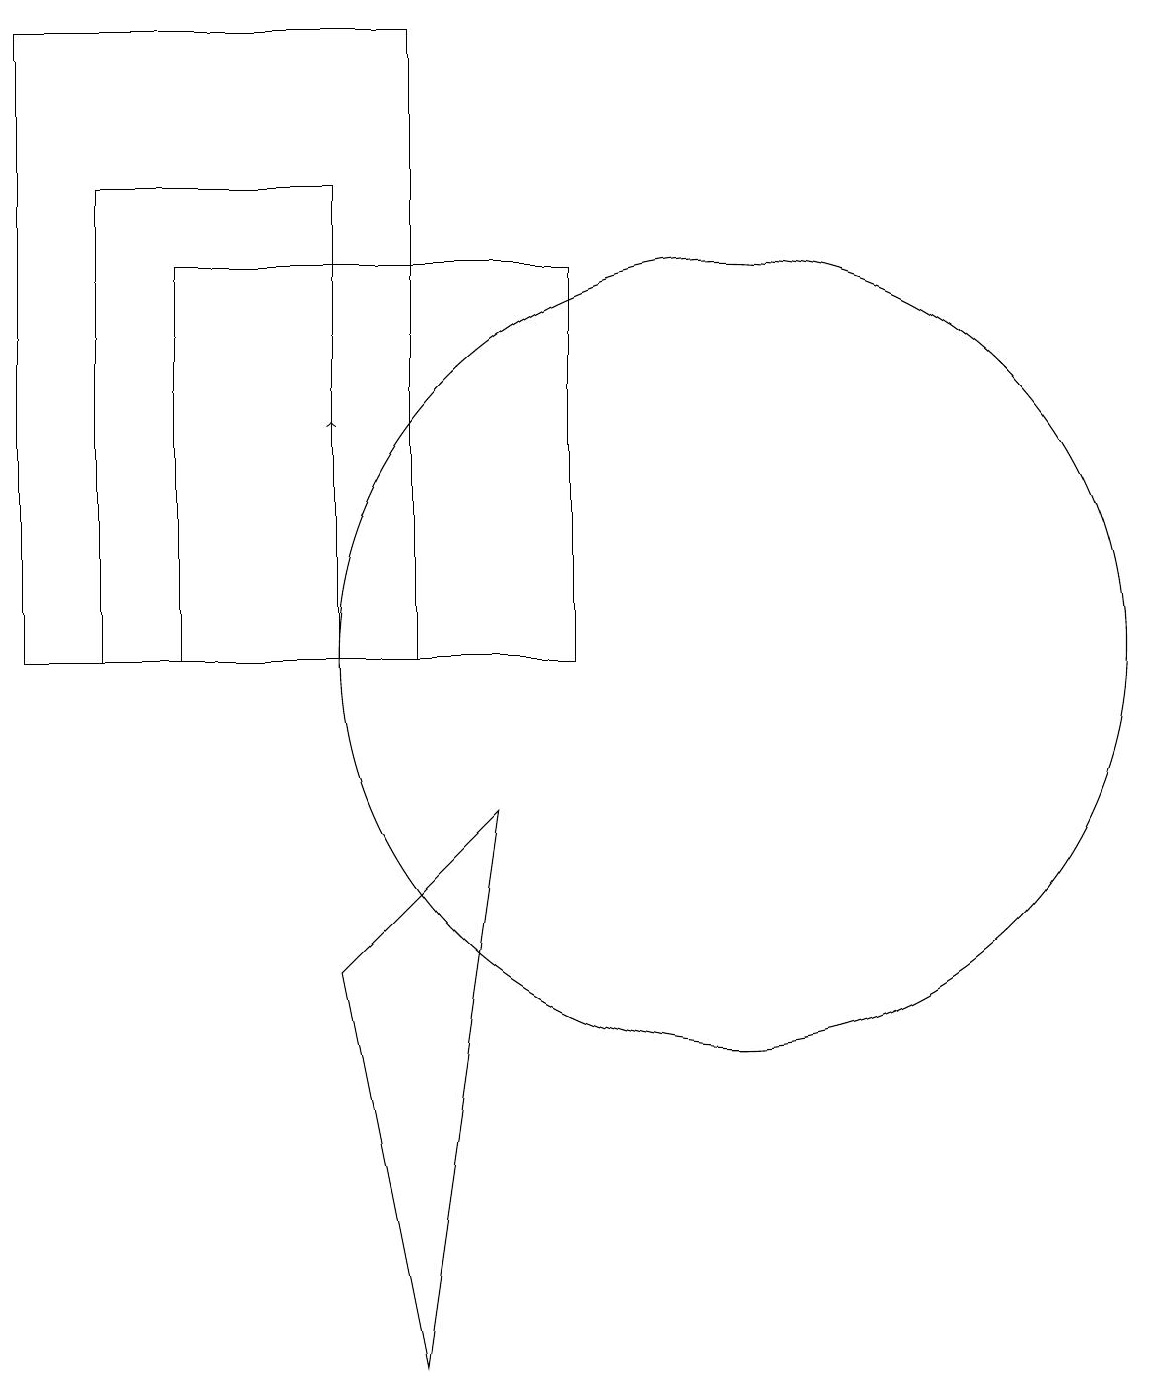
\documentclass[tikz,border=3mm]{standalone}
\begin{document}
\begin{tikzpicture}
\draw (11,11) circle (5);
\draw (9,16) rectangle (4,11);
\draw[->] (6,12) -- (6,14);
\draw (6,17) rectangle (3,11);
\draw (6,7) -- (8,9) -- (7,2) -- cycle;
\draw (7,11) rectangle (2,19);
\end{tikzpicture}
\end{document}